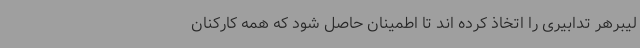
لیبرهر تدابیری را اتخاذ کرده اند تا اطمینان حاصل شود که همه کارکنان